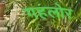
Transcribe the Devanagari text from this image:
गहलोर